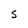
Character: S